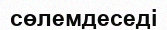
сөлемдеседі